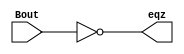
module EQZ (eqz, Bout);
input [15:0] Bout;
output eqz;
assign eqz = (Bout == 0);
endmodule